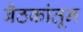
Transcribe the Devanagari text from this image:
बैठकांतून